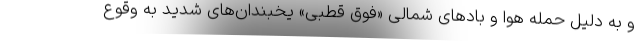
و به دلیل حمله هوا و بادهای شمالی «فوق قطبی» یخبندان‌های شدید به وقوع